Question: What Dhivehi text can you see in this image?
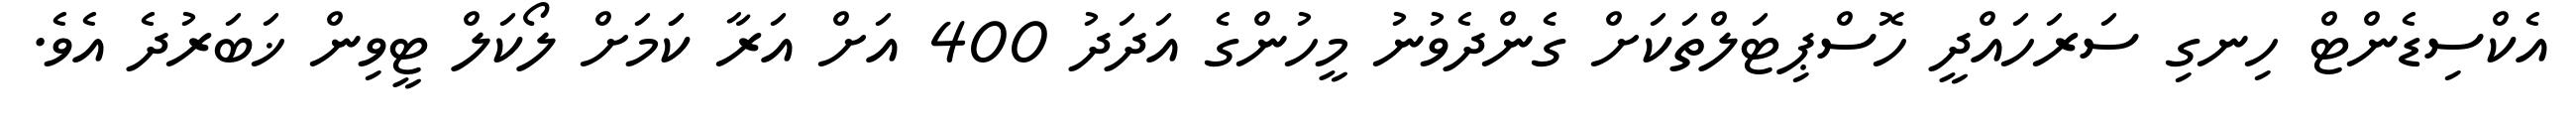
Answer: އެކްސިޑެންޓް ހިނގި ސަރަހައްދީ ހޮސްޕިޓަލްތަކަށް ގެންދެވުނު މީހުންގެ އަދަދު 400 އަށް އަރާ ކަަމަށް ލޯކަލް ޓީވިން ޚަބަރުދެ އެވެ.